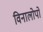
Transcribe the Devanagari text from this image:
विनालोपो